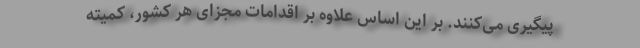
پیگیری می‌کنند. بر این اساس علاوه بر اقدامات مجزای هر کشور، کمیته